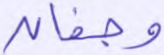
وجفان